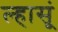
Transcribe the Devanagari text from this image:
ल्हासूं